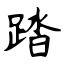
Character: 踏